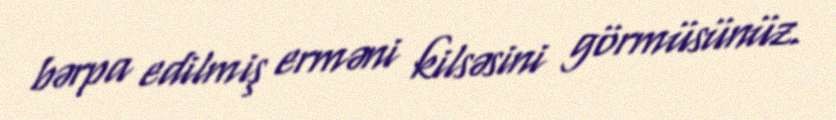
bərpa edilmiş erməni kilsəsini görmüsünüz.